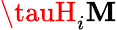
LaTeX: \tauH_{i}\mathbf{M}